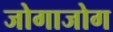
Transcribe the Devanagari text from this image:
जोगाजोग